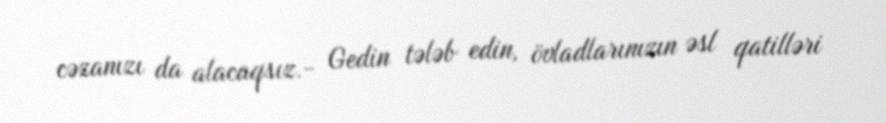
cəzanızı da alacaqsız.- Gedin tələb edin, övladlarınızın əsl qatilləri